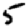
Digit: 5